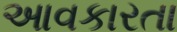
આવકારતા